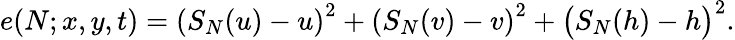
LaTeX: e(N;x,y,t)=\left(S_{N}(u)-u\right)^{2}+\left(S_{N}(v)-v\right)^{2}+\bigl(S_{N}(h)-h\bigr)^{2}.